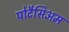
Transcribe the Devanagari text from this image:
पोटैसिअम